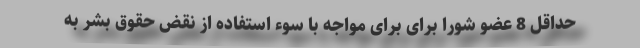
حداقل 8 عضو شورا برای برای مواجه با سوء استفاده از نقض حقوق بشر به